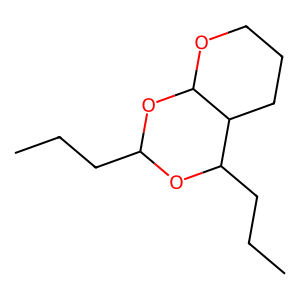
SMILES: CCCC1OC(CCC)C2CCCOC2O1
Inhibits HIV replication: No